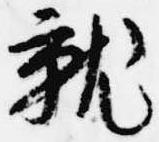
就